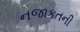
નજાકતની